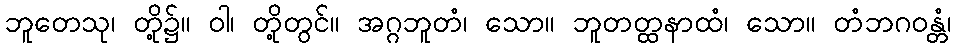
ဘူတေသု၊ တို့၌။ ဝါ၊ တို့တွင်။ အဂ္ဂဘူတံ၊ သော။ ဘူတတ္ထနာထံ၊ သော။ တံဘဂဝန္တံ၊